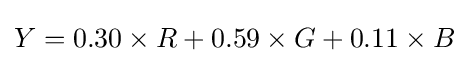
Y=0.30\times R+0.59\times G+0.11\times B